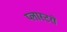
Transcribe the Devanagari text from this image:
प्लास्टरों